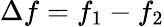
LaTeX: \Delta f=f_{1}-f_{2}